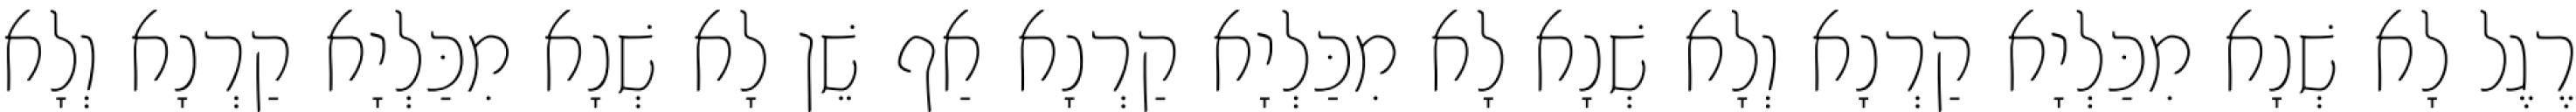
רֶגֶל לָא שְׁנָא מִכַּלְיָא קַרְנָא וְלָא שְׁנָא לָא מִכַּלְיָא קַרְנָא אַף שֵׁן לָא שְׁנָא מִכַּלְיָא קַרְנָא וְלָא